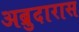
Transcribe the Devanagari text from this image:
अब्रुदारास